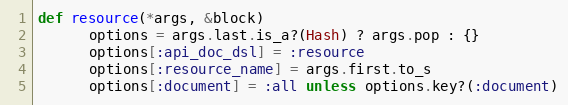
Language: Ruby
def resource(*args, &block)
      options = args.last.is_a?(Hash) ? args.pop : {}
      options[:api_doc_dsl] = :resource
      options[:resource_name] = args.first.to_s
      options[:document] = :all unless options.key?(:document)